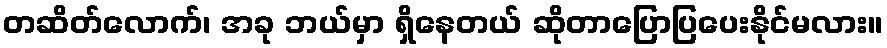
တဆိတ်လောက်၊ အခု ဘယ်မှာ ရှိနေတယ် ဆိုတာပြောပြပေးနိုင်မလား။